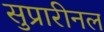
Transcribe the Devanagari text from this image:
सुप्रारीनल